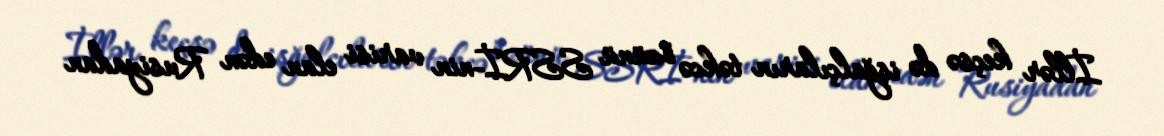
İllər keçsə də işğalçıların təkcə özünü SSRİ-nin varisi elan edən Rusiyadan